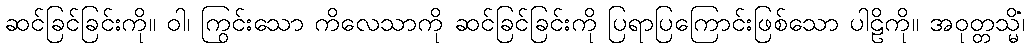
ဆင်ခြင်ခြင်းကို။ ဝါ၊ ကြွင်းသော ကိလေသာကို ဆင်ခြင်ခြင်းကို ပြရာပြကြောင်းဖြစ်သော ပါဠိကို။ အဝုတ္တသ္မိံ၊